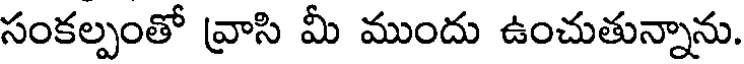
సంకల్పంతో వ్రాసి మీ ముందు ఉంచుతున్నాను.